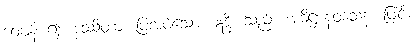
ဝေဖန် ၍။ ဒဿိတာ၊ ပြအပ်သော။ ဣဒ္ဓိ၊ သည်။ အဓိဋ္ဌာနဝသေန၊ ဖြင့်။